65_HS1-834228961_62-HQ-83894_Serial_164
Agency: FBI
Page 111
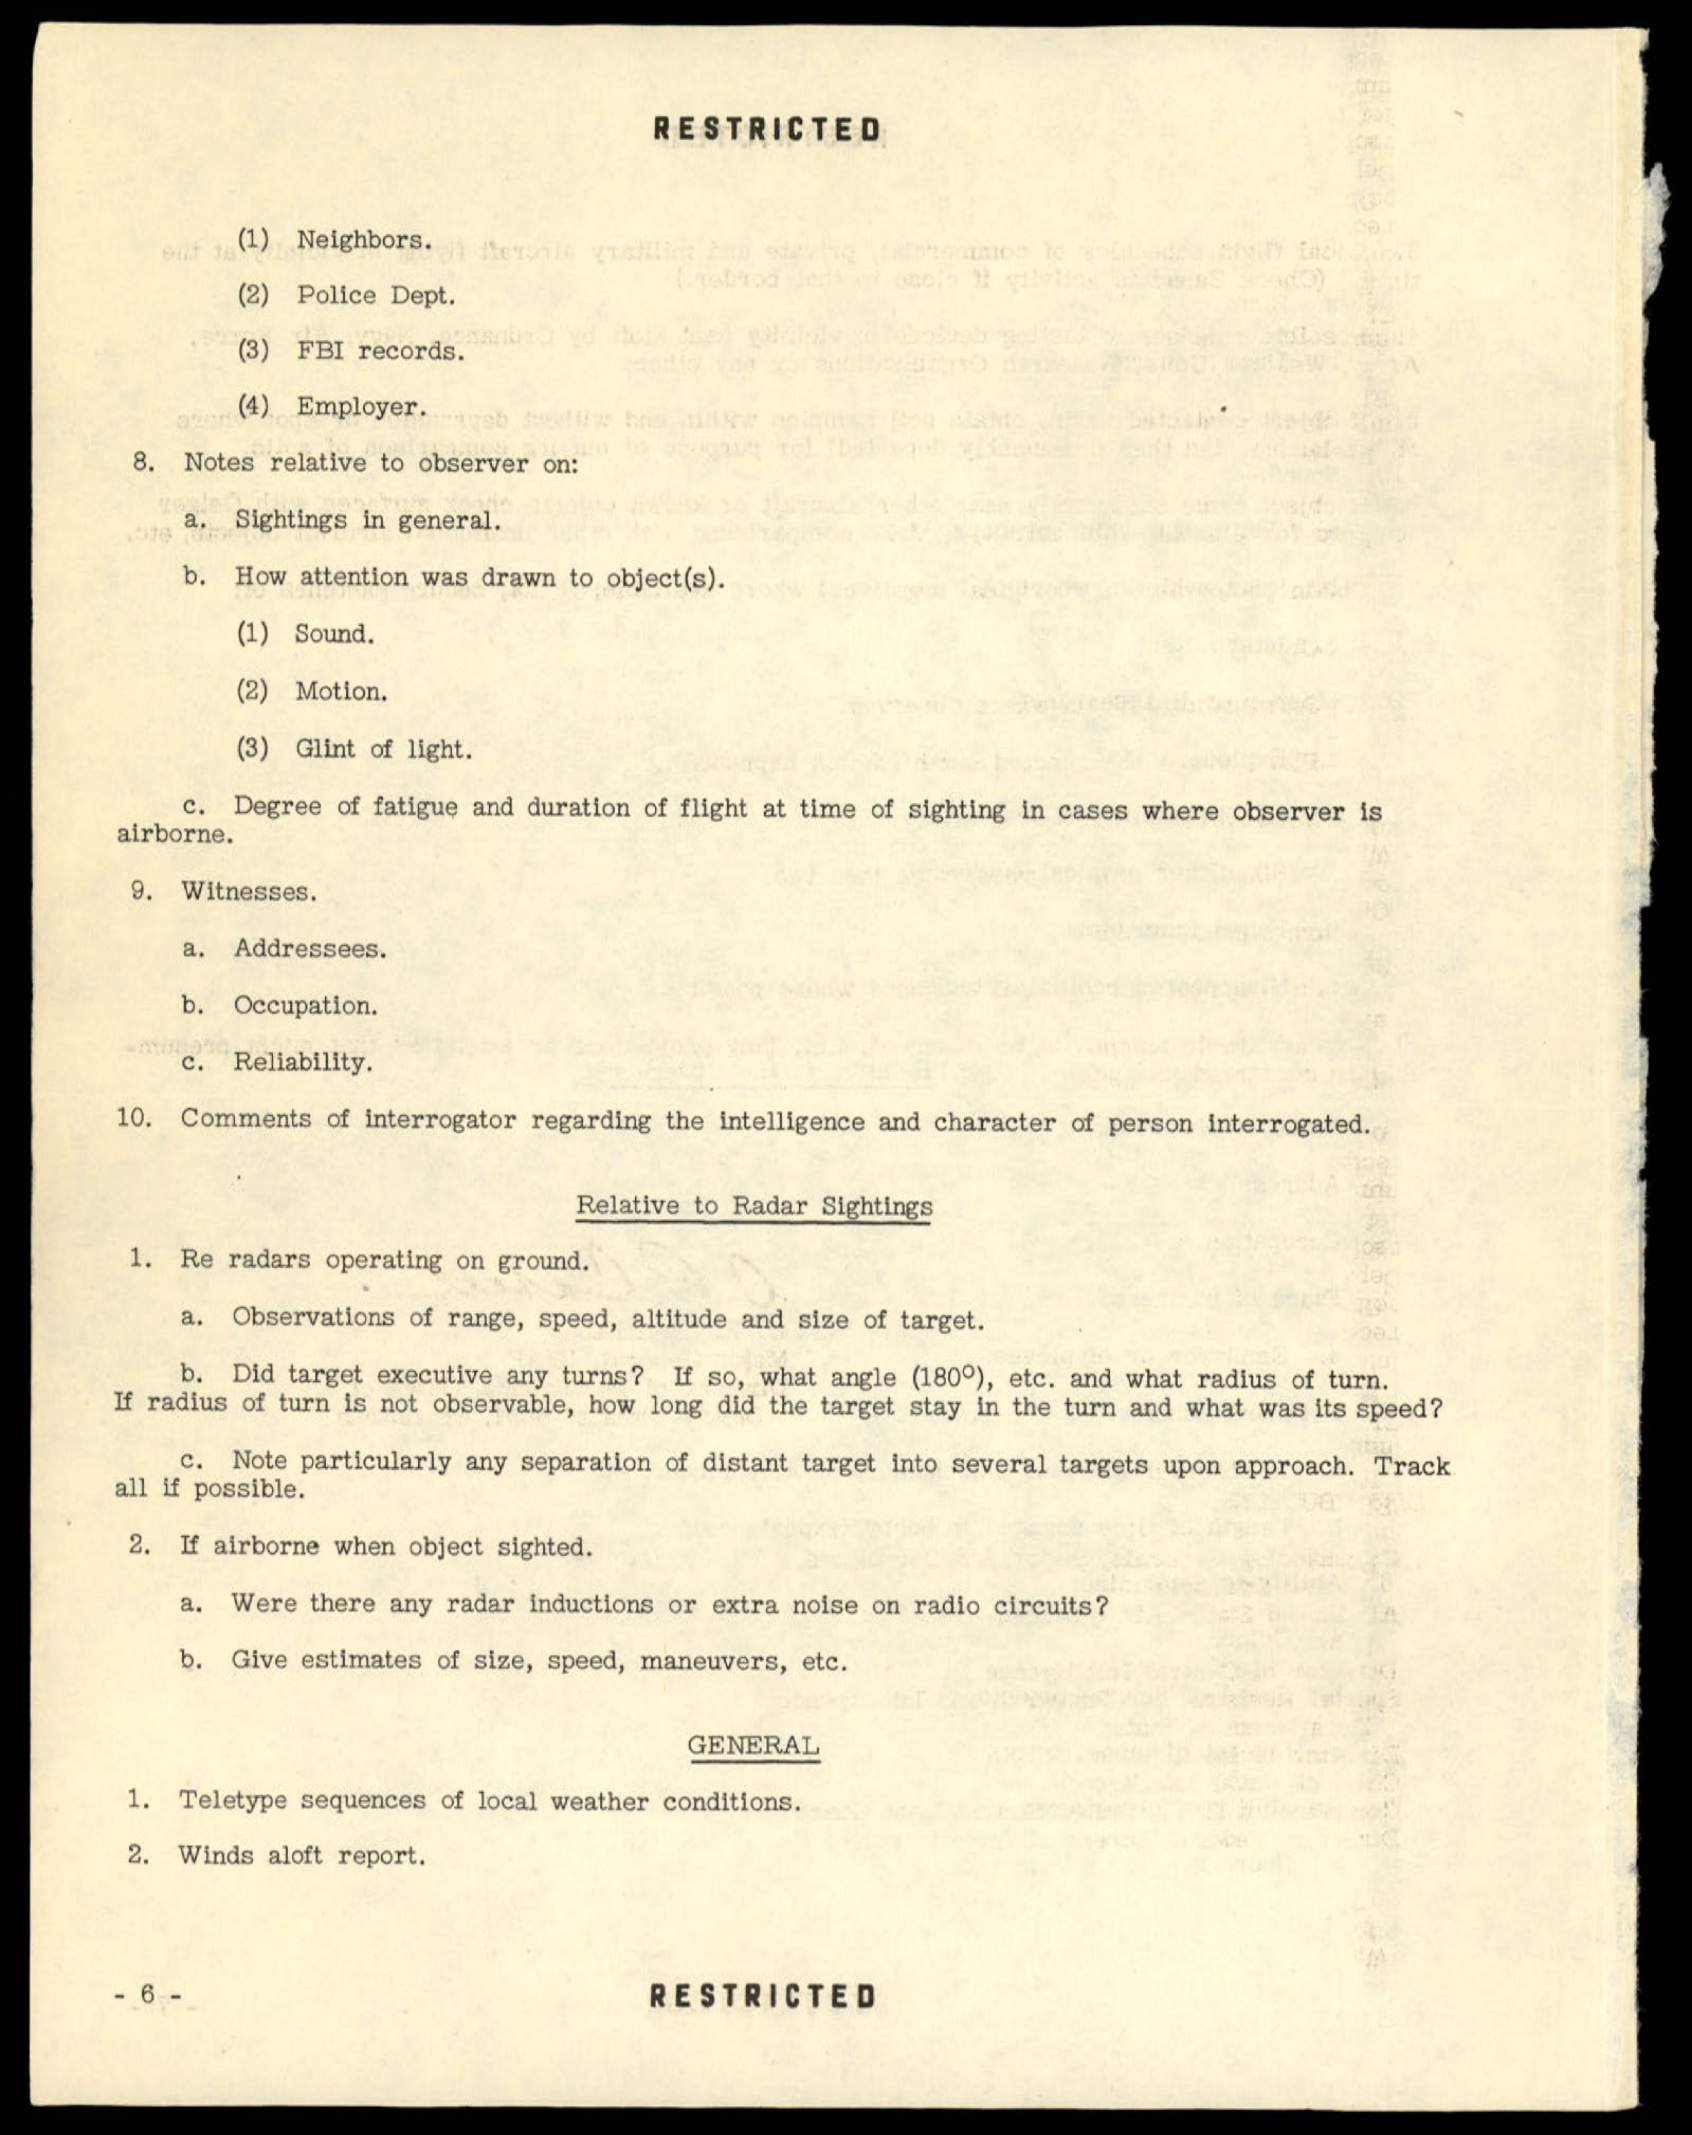